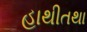
હાથીતથા